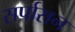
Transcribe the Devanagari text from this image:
सर्पासन